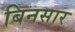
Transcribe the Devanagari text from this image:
बिनसार